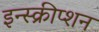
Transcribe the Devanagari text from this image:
इन्स्क्रीप्शन